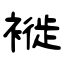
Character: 褷